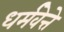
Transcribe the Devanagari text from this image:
धर्मवेत्ते